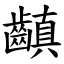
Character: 齻